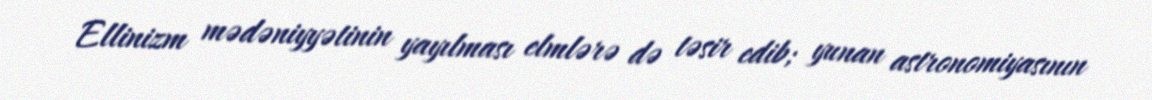
Ellinizm mədəniyyətinin yayılması elmlərə də təsir edib; yunan astronomiyasının